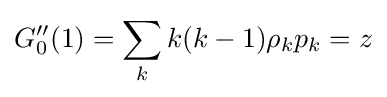
G_{0}''(1)=\sum _{k}k(k-1)\rho _{k}p_{k}=z